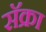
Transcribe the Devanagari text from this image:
सॅक्रा